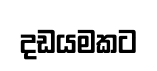
දඩයමකට